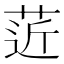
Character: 菦